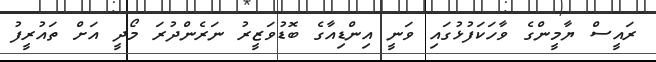
ރައީސް ޔާމީންގެ ވާހަކަފުޅުގައި ވަނީ އިންޑިއާގެ ބޮޑުވަޒީރު ނަރެންދުރަ މޯދީ އަށް ތައުރީފު